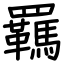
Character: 羈